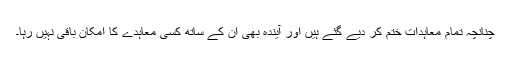
چنانچہ تمام معاہدات ختم کر دیے گئے ہیں اور آیندہ بھی اُن کے ساتھ کسی معاہدے کا امکان باقی نہیں رہا۔